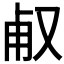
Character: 𠭉